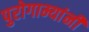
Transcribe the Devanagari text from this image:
पुरोगाम्यांनी